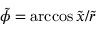
\tilde { \phi } = \operatorname { a r c c o s } { \tilde { x } / \tilde { r } }